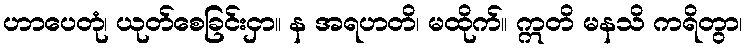
ဟာပေတုံ၊ ယုတ်စေခြင်းငှာ။ န အရဟတိ၊ မထိုက်။ ဣတိ မနသိ ကရိတွာ၊